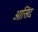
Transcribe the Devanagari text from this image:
आसिंद